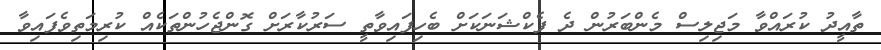
ތާއީދު ކުރައްވާ މަޖިލިސް މެންބަރުން ދެ ފެކްޝަނަކަށް ބެހިފައިވާތީ ސަރުކާރަށް ގޮންޖެހުންތަކެއް ކުރިމަތިވެފައިވާ